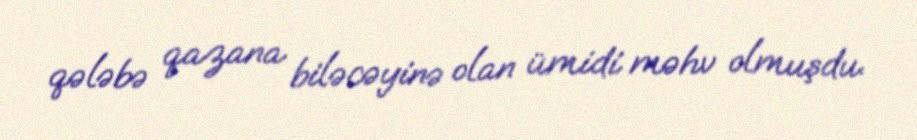
qələbə qazana biləcəyinə olan ümidi məhv olmuşdu.